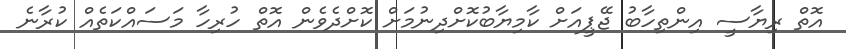
އޮތް ރިޔާސީ އިންތިހާބު ޖޭޕީއަށް ކާމިޔާބުކޮށްދިނުމަށް ކޮށްދެވެން އޮތް ހުރިހާ މަސައްކަތެއް ކުރާނެ